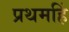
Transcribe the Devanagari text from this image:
प्रथमहिं